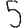
Digit: 5